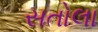
સતોલા